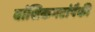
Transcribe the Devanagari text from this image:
वांशिकगटांपैकी